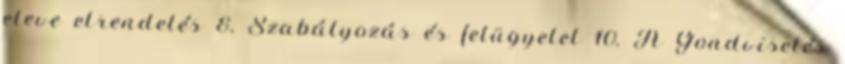
eleve elrendelés 8. Szabályozás és felügyelet 10. A Gondviselés